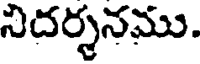
నిదర్శనము.